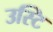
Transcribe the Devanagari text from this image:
उस्टि